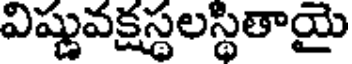
విష్ణువక్షస్థలస్థితాయై